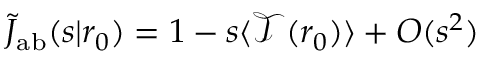
\tilde { J } _ { \mathrm { { a b } } } ( s | r _ { 0 } ) = 1 - s \langle \mathcal { T } ( r _ { 0 } ) \rangle + O ( s ^ { 2 } )